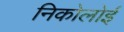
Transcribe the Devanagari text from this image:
निकोलोई